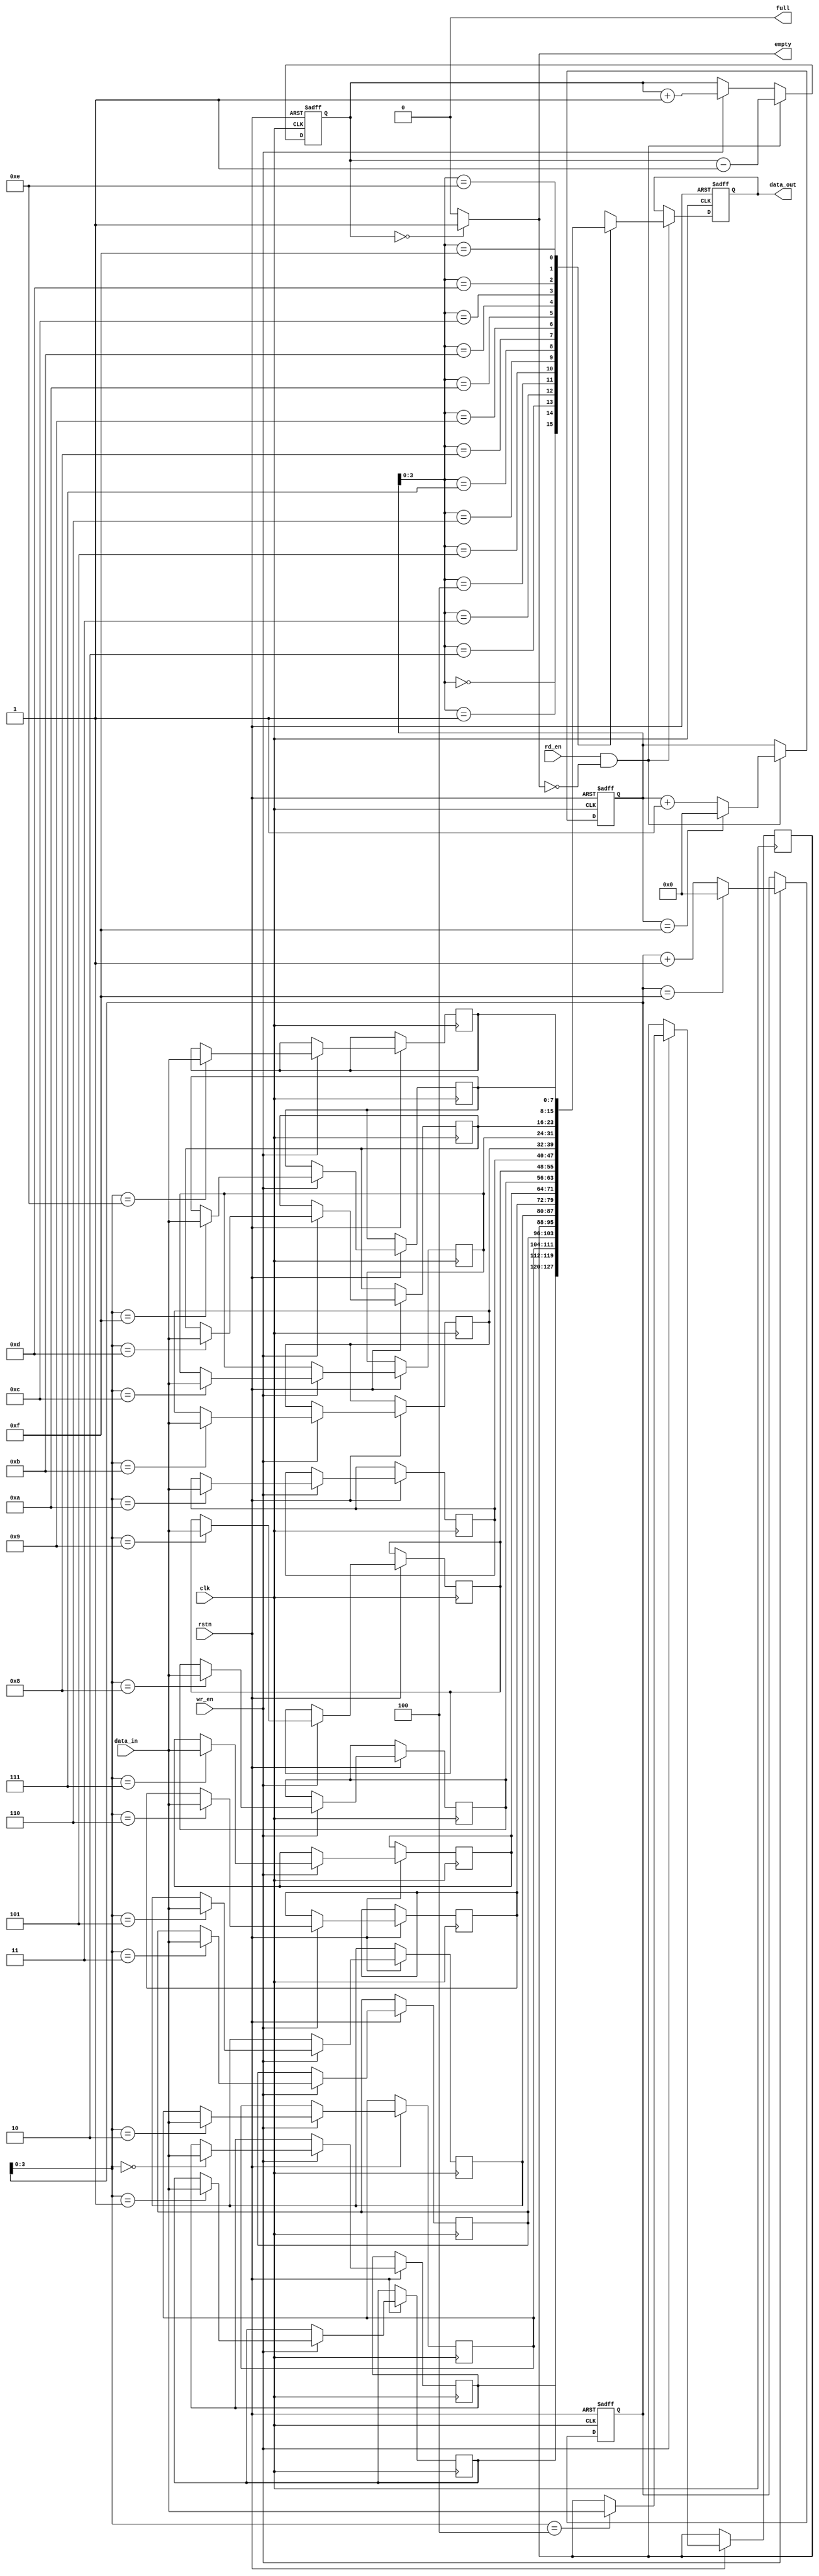
module fifo (
    input wire clk,              // Clock input
    input wire rstn,             // Reset input
    input wire wr_en,            // Write enable input
    input wire rd_en,            // Read enable input
    input wire [DATA_WIDTH-1:0] data_in,  // Data input
    output reg full,             // Full flag output
    output reg empty,            // Empty flag output
    output wire [DATA_WIDTH-1:0] data_out  // Data output
);

parameter FIFO_DEPTH = 16;      // Depth of FIFO
parameter DATA_WIDTH = 8;       // Data width of FIFO

reg [DATA_WIDTH-1:0] fifo [0:FIFO_DEPTH-1];
reg [DATA_WIDTH-1:0] data_out_reg;
reg [4:0] wr_ptr, rd_ptr;
reg [3:0] fifo_count;

// Full flag logic
assign full = (fifo_count == FIFO_DEPTH) ? 1'b1 : 1'b0;

// Empty flag logic
assign empty = (fifo_count == 0) ? 1'b1 : 1'b0;

always @(posedge clk or negedge rstn) begin
    if (~rstn) begin
        wr_ptr <= 5'b0;
        rd_ptr <= 5'b0;
        fifo_count <= 4'b0;
        data_out_reg <= 8'b0;
    end else begin
        if (wr_en && ~full) begin
            fifo[wr_ptr] <= data_in;
            wr_ptr <= (wr_ptr == FIFO_DEPTH-1) ? 5'b0 : wr_ptr + 5'b1;
            fifo_count <= fifo_count + 4'b1;
        end

        if (rd_en && ~empty) begin
            data_out_reg <= fifo[rd_ptr];
            rd_ptr <= (rd_ptr == FIFO_DEPTH-1) ? 5'b0 : rd_ptr + 5'b1;
            fifo_count <= fifo_count - 4'b1;
        end
    end
end

assign data_out = data_out_reg;

endmodule